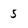
Character: 5